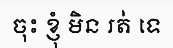
ចុះ ខ្ញុំ មិន រត់ ទេ